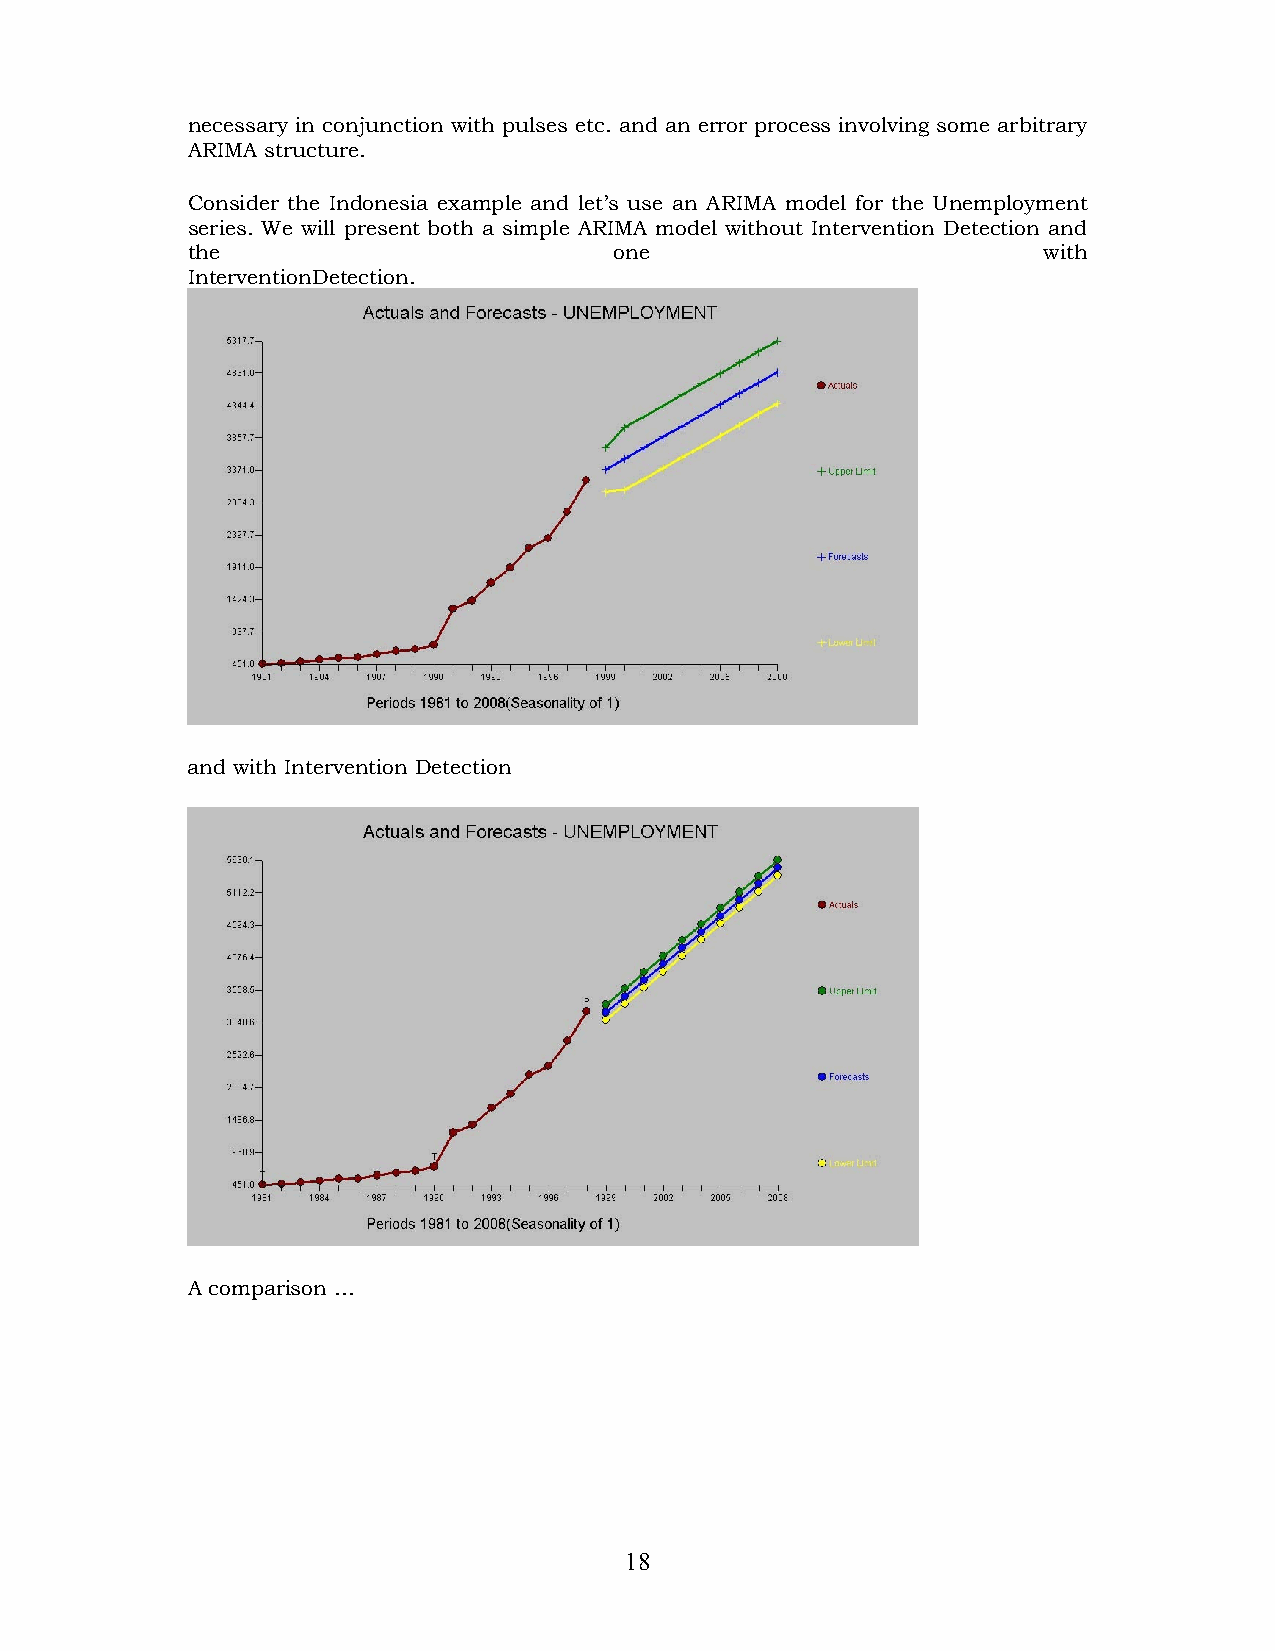
necessary in conjunction with pulses etc. and an error process involving some arbitrary
 ARIMA structure.
 Consider the Indonesia example and let’s use an ARIMA model for the Unemployment
 series. We will present both a simple ARIMA model without Intervention Detection and
 the                          one                         with
 InterventionDetection.
 and with Intervention Detection
 A comparison …
 18